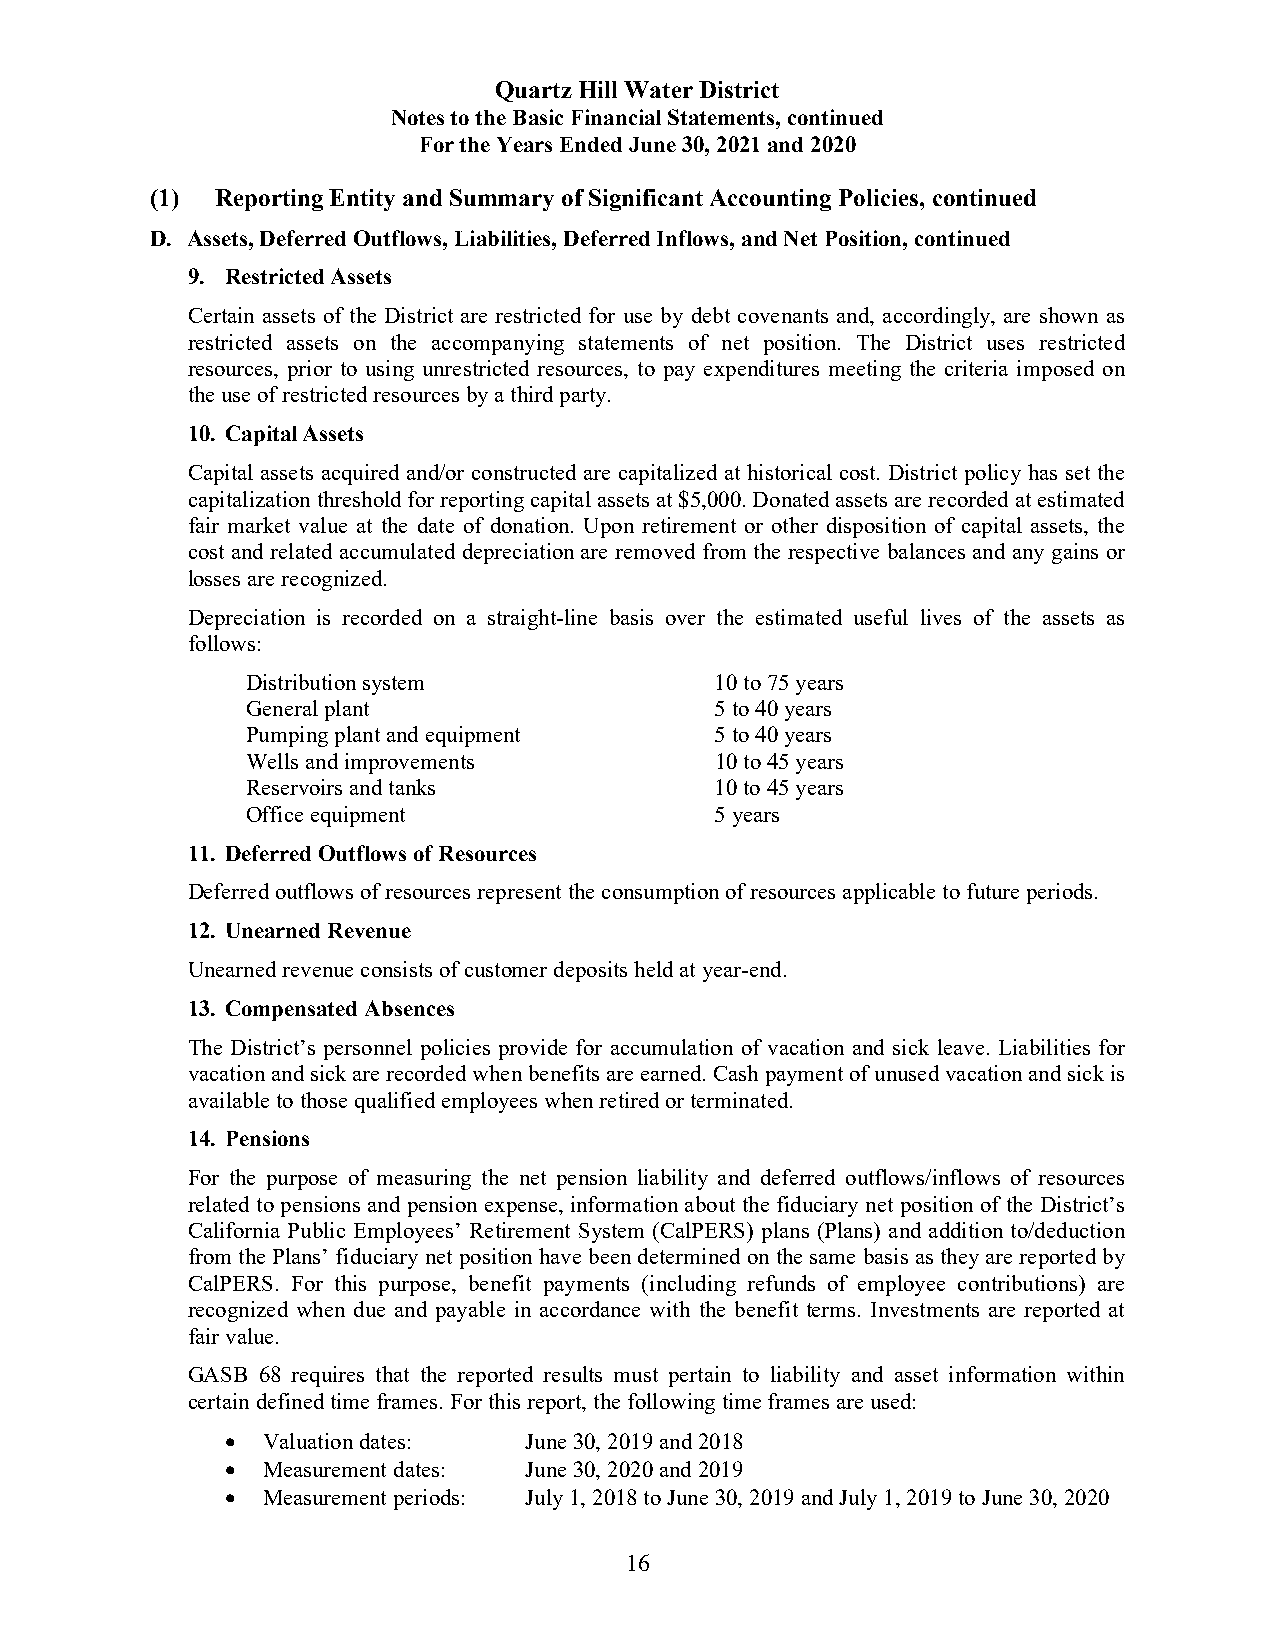
Quartz Hill Water District
 Notes to the Basic Financial Statements, continued
 For the Years Ended June 30, 2021 and 2020
 (1) Reporting Entity and Summary of Significant Accounting Policies, continued
 D. Assets, Deferred Outflows, Liabilities, Deferred Inflows, and Net Position, continued
 9. Restricted Assets
 Certain assets of the District are restricted for use by debt covenants and, accordingly, are shown as
 restricted assets on the accompanying statements of net position. The District uses restricted
 resources, prior to using unrestricted resources, to pay expenditures meeting the criteria imposed on
 the use of restricted resources by a third party.
 10. Capital Assets
 Capital assets acquired and/or constructed are capitalized at historical cost. District policy has set the
 capitalization threshold for reporting capital assets at $5,000. Donated assets are recorded at estimated
 fair market value at the date of donation. Upon retirement or other disposition of capital assets, the
 cost and related accumulated depreciation are removed from the respective balances and any gains or
 losses are recognized.
 Depreciation is recorded on a straight-line basis over the estimated useful lives of the assets as
 follows:
 Distribution system            10 to 75 years
 General plant                  5 to 40 years
 Pumping plant and equipment    5 to 40 years
 Wells and improvements         10 to 45 years
 Reservoirs and tanks           10 to 45 years
 Office equipment               5 years
 11. Deferred Outflows of Resources
 Deferred outflows of resources represent the consumption of resources applicable to future periods.
 12. Unearned Revenue
 Unearned revenue consists of customer deposits held at year-end.
 13. Compensated Absences
 The District’s personnel policies provide for accumulation of vacation and sick leave. Liabilities for
 vacation and sick are recorded when benefits are earned. Cash payment of unused vacation and sick is
 available to those qualified employees when retired or terminated.
 14. Pensions
 For the purpose of measuring the net pension liability and deferred outflows/inflows of resources
 related to pensions and pension expense, information about the fiduciary net position of the District’s
 California Public Employees’ Retirement System (CalPERS) plans (Plans) and addition to/deduction
 from the Plans’ fiduciary net position have been determined on the same basis as they are reported by
 CalPERS. For this purpose, benefit payments (including refunds of employee contributions) are
 recognized when due and payable in accordance with the benefit terms. Investments are reported at
 fair value.
 GASB 68 requires that the reported results must pertain to liability and asset information within
 certain defined time frames. For this report, the following time frames are used:
  Valuation dates:  June 30, 2019 and 2018
  Measurement dates: June 30, 2020 and 2019
  Measurement periods: July 1, 2018 to June 30, 2019 and July 1, 2019 to June 30, 2020
 16